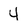
Character: 4